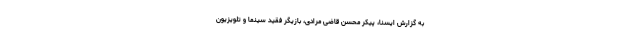
به گزارش ایسنا، پیکر محسن قاضی مرادی، بازیگر فقید سینما و تلویزیون